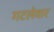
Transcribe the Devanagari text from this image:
गटलेवार